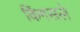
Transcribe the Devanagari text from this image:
किंगसले